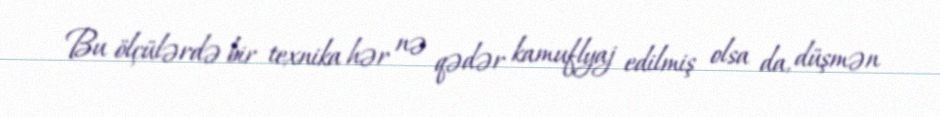
Bu ölçülərdə bir texnika hər nə qədər kamuflyaj edilmiş olsa da, düşmən